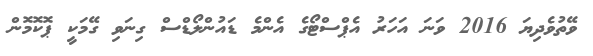
ވޭތުވެދިޔަ 2016 ވަނަ އަހަރު އެޕްސްޓޯގެ އެންމެ ޑައުންލޯޑްސް ގިނަވި ގޭމަކީ ޕޮކޮމޮން